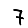
Digit: 7